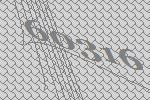
60316